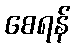
စေရန်